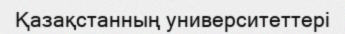
Қазақстанның университеттері